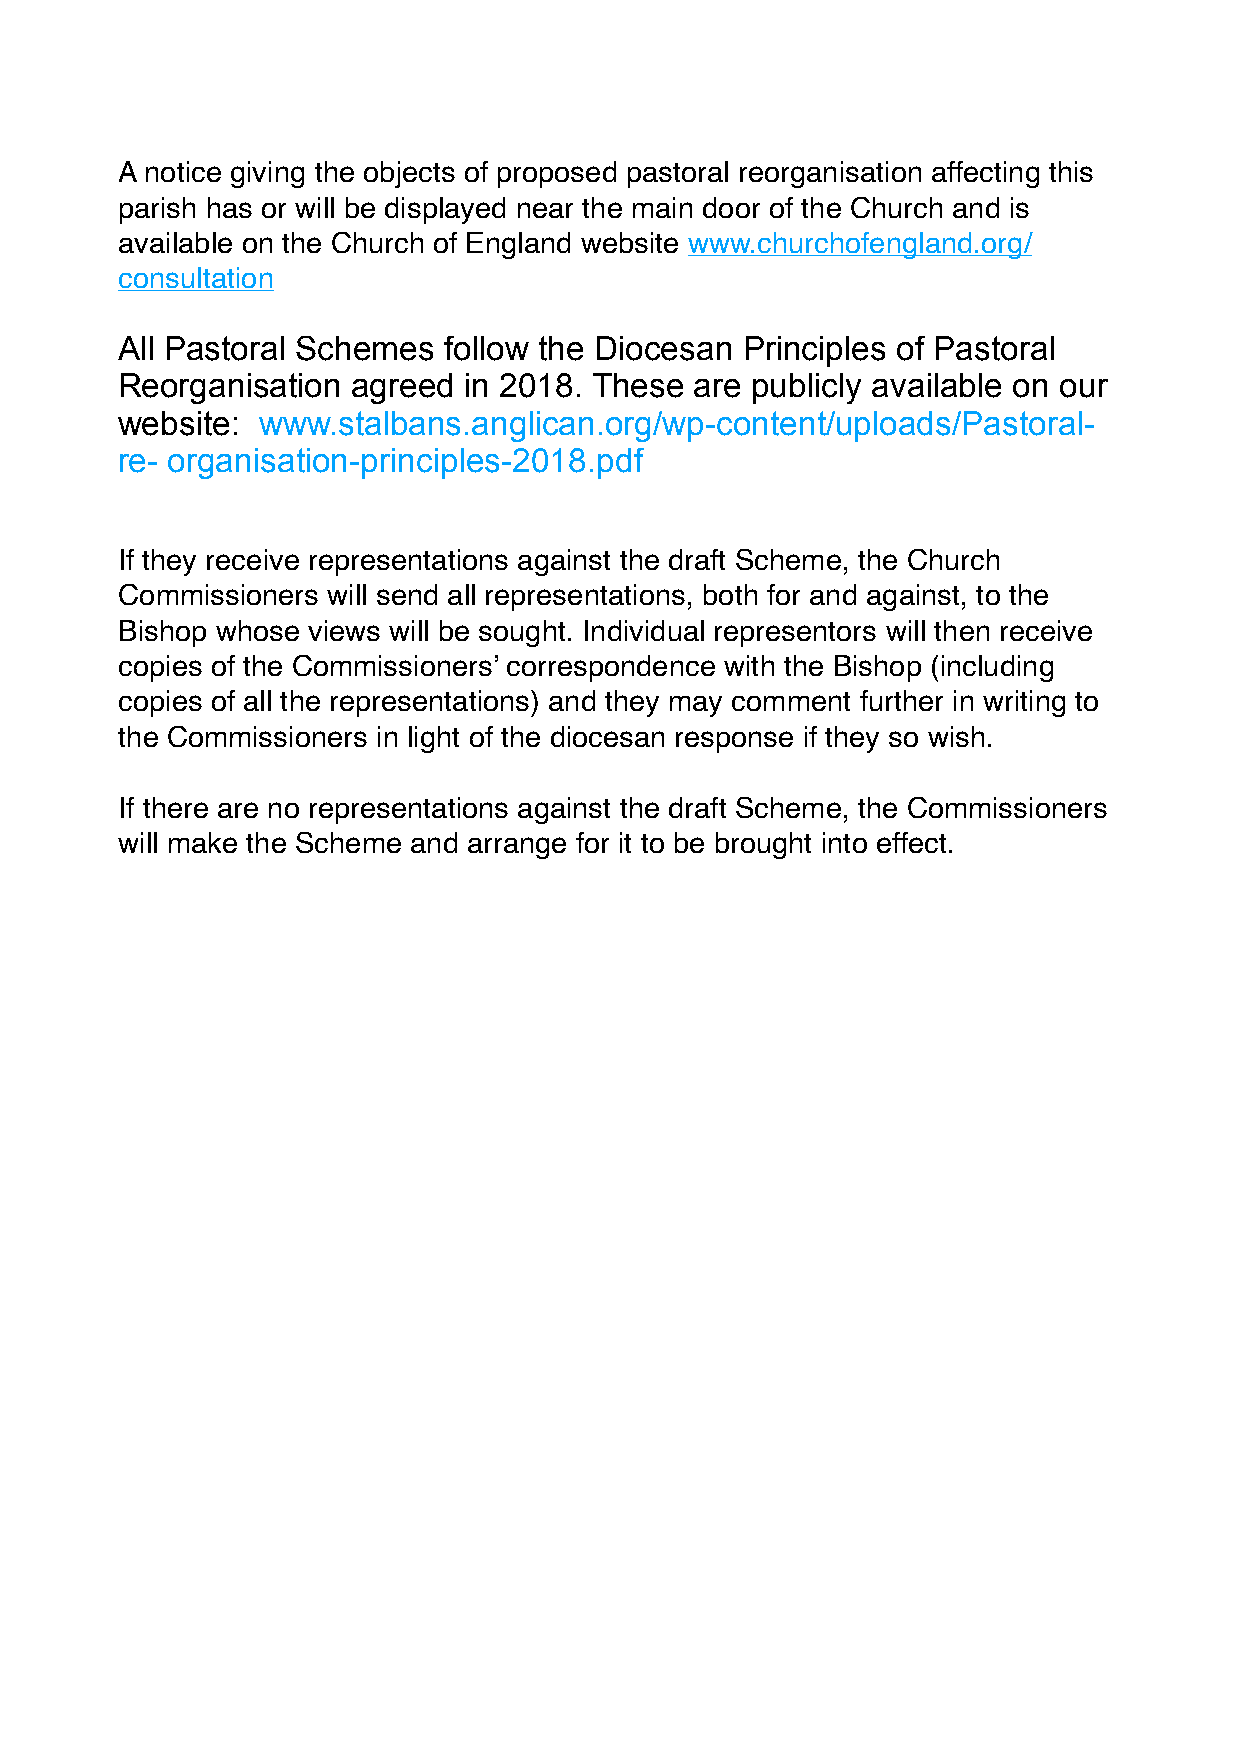
A notice giving the objects of proposed pastoral reorganisation affecting this
 parish has or will be displayed near the main door of the Church and is
 available on the Church of England website www.churchofengland.org/
 consultation
 All Pastoral Schemes follow the Diocesan Principles of Pastoral
 Reorganisation agreed  in 2018. These are publicly available on our
 website: www.stalbans.anglican.org/wp-content/uploads/Pastoral-
 re- organisation-principles-2018.pdf
 If they receive representations against the draft Scheme, the Church
 Commissioners will send all representations, both for and against, to the
 Bishop whose views will be sought. Individual representors will then receive
 copies of the Commissioners’ correspondence with the Bishop (including
 copies of all the representations) and they may comment further in writing to
 the Commissioners in light of the diocesan response if they so wish.
 If there are no representations against the draft Scheme, the Commissioners
 will make the Scheme and arrange for it to be brought into effect.